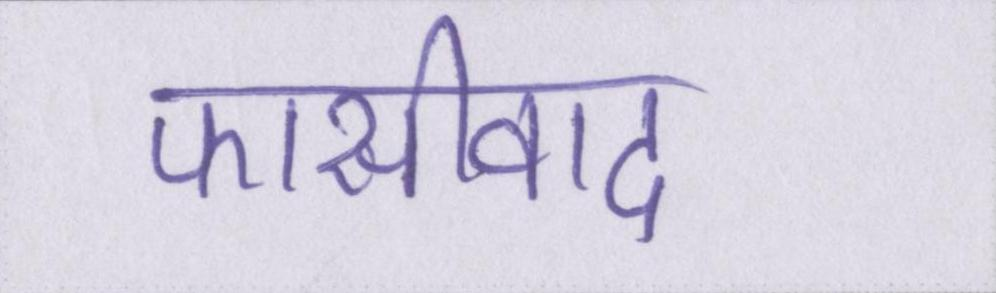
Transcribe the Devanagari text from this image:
फासीवाद